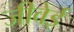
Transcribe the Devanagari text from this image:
जीवेई